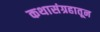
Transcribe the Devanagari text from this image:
कथासंग्रहातून